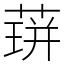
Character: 䔊